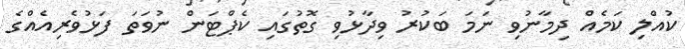
ކުއްލި ކަމެއް ދިމާނުވި ނަމަ ބަކުރު ވިދާޅުވި ގޮތުގައި ކެޕްޓަން ނުވަތަ ފަޅުވެރިއެއްގެ